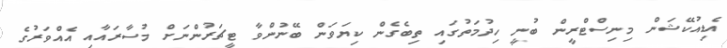
އެޑިއުކޭޝަން މިނިސްޓްރީން ބުނީ ހިދުމަތުގައި ތިބެގެން ކިޔަވަން ބޭނުންވާ ޓީޗަރުންނަށް މުސާރައާއި އެއްވަރުގެ